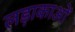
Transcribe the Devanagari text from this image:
लड़ाकाओं